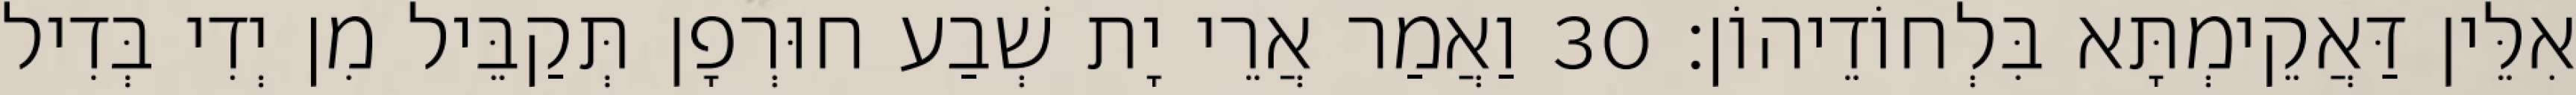
אִלֵּין דַּאֲקֵימְתָּא בִּלְחוֹדֵיהוֹן׃ 30 וַאֲמַר אֲרֵי יָת שְׁבַע חוּרְפָן תְּקַבֵּיל מִן יְדִי בְּדִיל